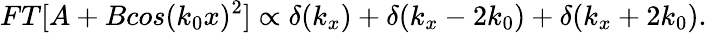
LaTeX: FT[A+Bcos(k_{0}x)^{2}]\propto\delta(k_{x})+\delta(k_{x}-2k_{0})+\delta(k_{x}+2k_{0}).